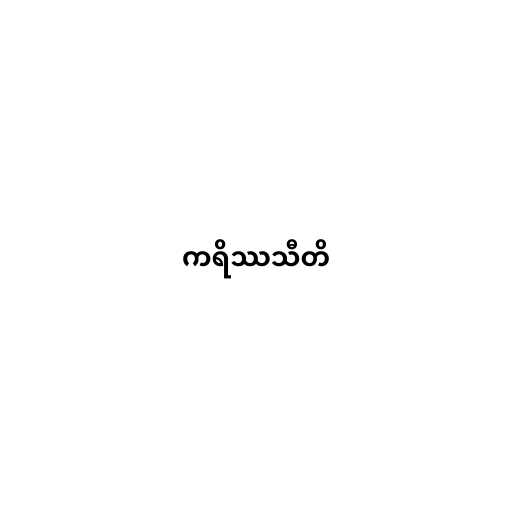
ကရိဿသီတိ